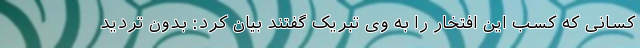
کسانی که کسب این افتخار را به وی تبریک گفتند بیان کرد: بدون تردید